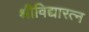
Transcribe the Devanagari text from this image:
श्रीविद्यारत्न